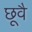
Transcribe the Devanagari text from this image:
छूवै